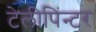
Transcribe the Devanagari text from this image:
टेलीपिंन्टर